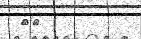
١٤